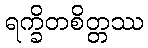
ရက္ခိတစိတ္တဿ